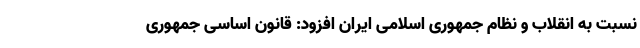
نسبت به انقلاب و نظام جمهوری اسلامی ایران افزود: قانون اساسی جمهوری